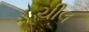
ચીલ